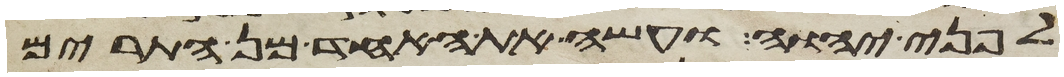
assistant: לפני יהוה ועשה את האחד מן התרים